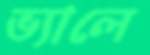
ভ্যালে